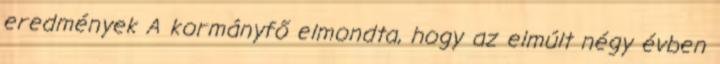
eredmények A kormányfő elmondta, hogy az elmúlt négy évben